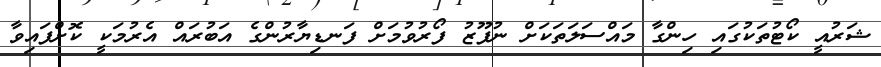
ޝަރުއީ ކޯޓުތަކުގައި ހިންގާ މައްސަލަތަކަށް ނުފޫޒު ފޯރުވުމަށް ފަނޑިޔާރުންގެ އަބުރައް އެރުމަކީ ކޮށްފައިވާ